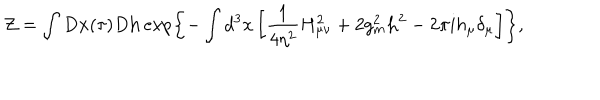
LaTeX: { \cal Z } = \int D { \bf x } ( \tau ) D { \bf h } \exp \left\{ - \int d ^ { 3 } x \left[ \frac { 1 } { 4 \eta ^ { 2 } } H _ { \mu \nu } ^ { 2 } + 2 g _ { m } ^ { 2 } { \bf h } ^ { 2 } - 2 \pi i h _ { \mu } \delta _ { \mu } \right] \right\} ,